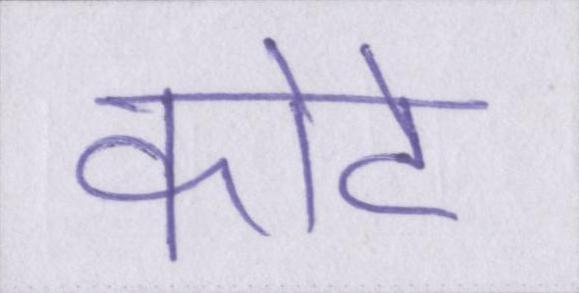
कोटे